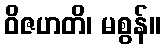
ဝိဇဟတိ၊ မစွန်။